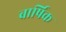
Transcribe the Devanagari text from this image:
बार्षिक